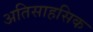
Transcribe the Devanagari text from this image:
अतिसाहसिक